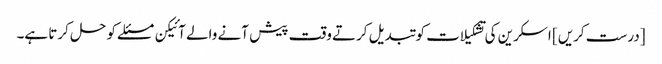
[درست کریں] اسکرین کی تشکیلات کو تبدیل کرتے وقت پیش آنے والے آئیکن مسئلے کو حل کرتا ہے۔